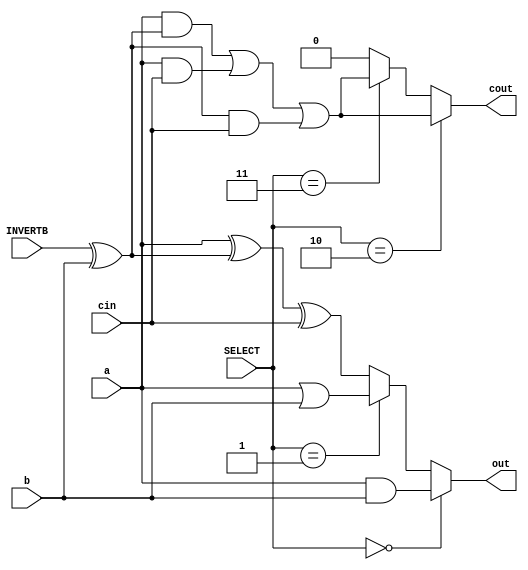
module Alu1bit( a, b, INVERTB, cin, SELECT, out, cout  ) ;
	input a, b, INVERTB, cin ;
	output out, cout ;
	input [1:0] SELECT ;
	wire [1:0] SELECT ;
	wire a, b,INVERTB, cin,out, cout ;
	wire temp ;


	// SELECT == 2'b11 || 2'b10
	// assign cout = 1'b0 ;
	assign temp = INVERTB ^ b ;
	// FullAdder fa1( .abit(a), .bbit(temp), .cinbit(cin), .coutbit(cout), .sumbit(out) ) ;
	
	
	
		
	assign out = ( SELECT == 2'b00 ) ? (a & b) :
			( SELECT == 2'b01 ) ? (a || b) :
			( a ^ temp ^ cin ) ;
	assign cout = ( SELECT == 2'b10 ) ? (( a & temp) | (a & cin) | (temp & cin)) :
			( SELECT == 2'b11 ) ? (( a & temp) | (a & cin) | (temp & cin)) :
			1'b0 ;
		      
			
		    
		    
		     
	
endmodule